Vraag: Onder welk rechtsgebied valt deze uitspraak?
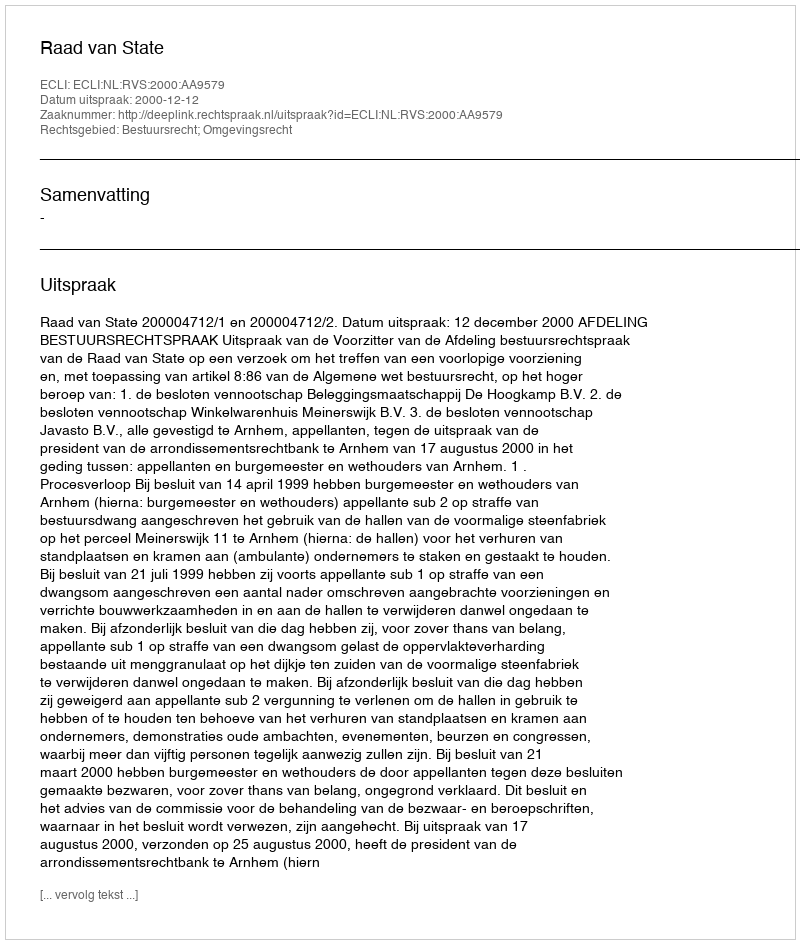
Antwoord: Bestuursrecht; Omgevingsrecht